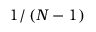
1 / \left( N - 1 \right)